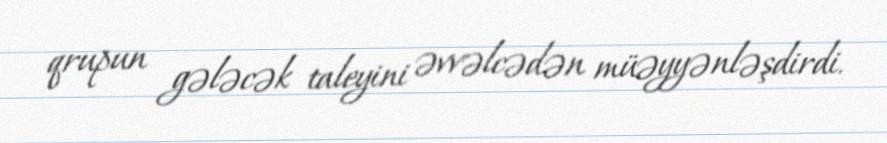
qrupun gələcək taleyini əvvəlcədən müəyyənləşdirdi.